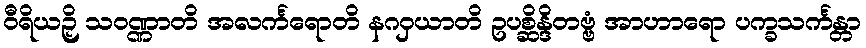
ဝီရိယဉှိ သဝဏ္ဏာတိ အလင်္ကရောတိ နဂဝှယာတိ ဥပစ္ဆိန္ဒိတဗ္ဗံ အာဟာရော ပက္ခသင်္ကန္တာ